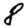
Digit: 8